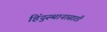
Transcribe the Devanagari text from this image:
हिंदुस्थानासाठी